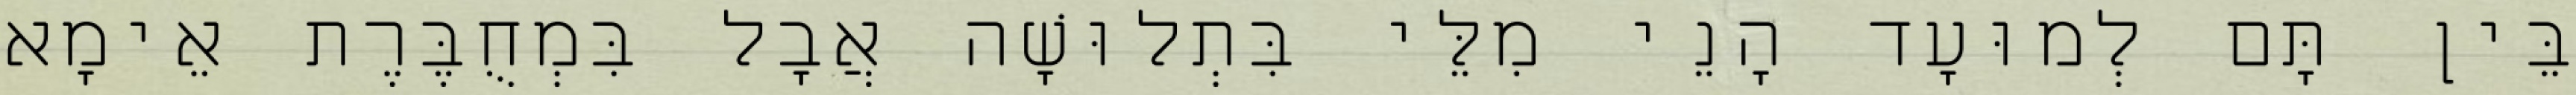
בֵּין תָּם לְמוּעָד הָנֵי מִלֵּי בִּתְלוּשָׁה אֲבָל בִּמְחֻבֶּרֶת אֵימָא